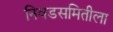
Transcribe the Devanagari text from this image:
निवडसमितीला